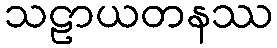
သဠာယတနဿ